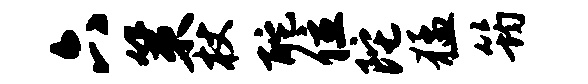
六策杖酡位陀猛筠